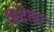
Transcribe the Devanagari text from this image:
विदेला